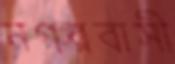
নগরবাসী